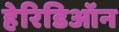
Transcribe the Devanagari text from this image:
हेरिडिऑन